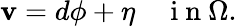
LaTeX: \mathbf{v}=d\phi+\eta\quad\mathrm{{~i~n~}}\Omega.